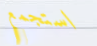
استجمع